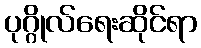
ပုဂ္ဂိုလ်ရေးဆိုင်ရာ